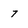
Character: 7